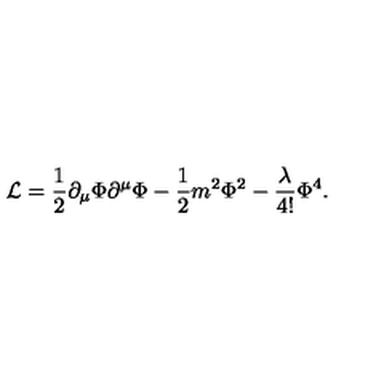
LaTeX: { \cal L } = \frac { 1 } { 2 } \partial _ { \mu } \Phi \partial ^ { \mu } \Phi - \frac { 1 } { 2 } m ^ { 2 } \Phi ^ { 2 } - \frac { \lambda } { 4 ! } \Phi ^ { 4 } .